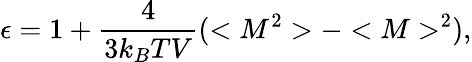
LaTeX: \epsilon=1+\frac{4}{3k_{B}TV}(<M^{2}>-<M>^{2}),